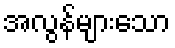
အလွန်များသော